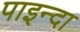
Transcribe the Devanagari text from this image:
पाइन्दा